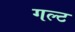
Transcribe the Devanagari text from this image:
गल्ट